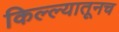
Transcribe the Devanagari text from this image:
किल्ल्यातूनच